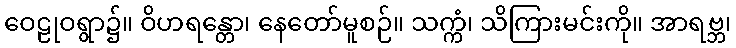
ဝေဠုဝရွာ၌။ ဝိဟရန္တော၊ နေတော်မူစဉ်။ သက္ကံ၊ သိကြားမင်းကို။ အာရဗ္ဘ၊